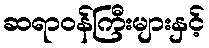
ဆရာဝန်ကြီးများနှင့်